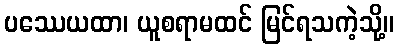
ပဿေယထာ၊ ယူစရာမထင် မြင်ရသကဲ့သို့။